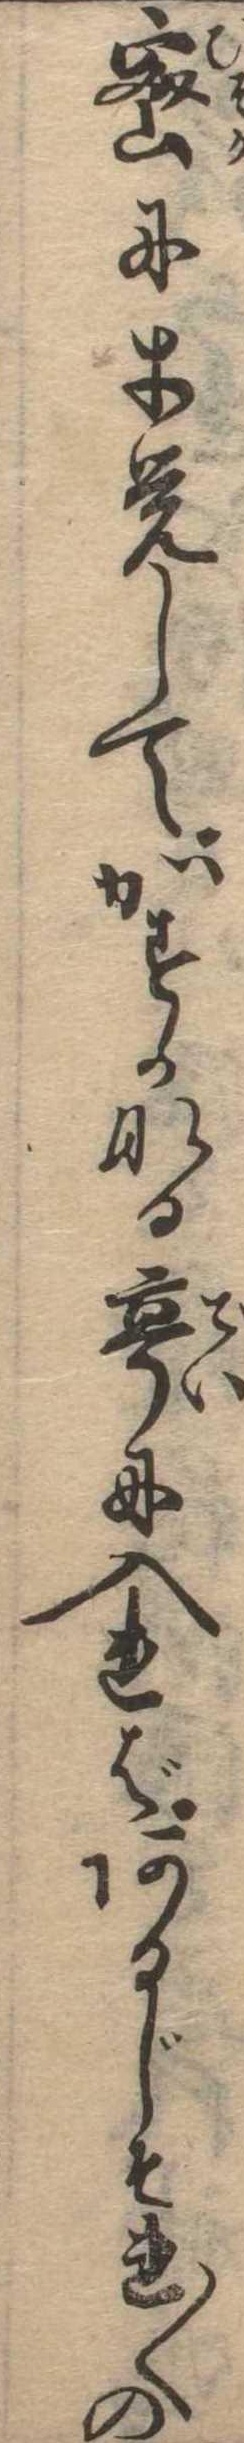
密に才覚してかすかなる亭に入ればあるじそれ〱の